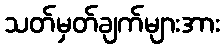
သတ်မှတ်ချက်များအား